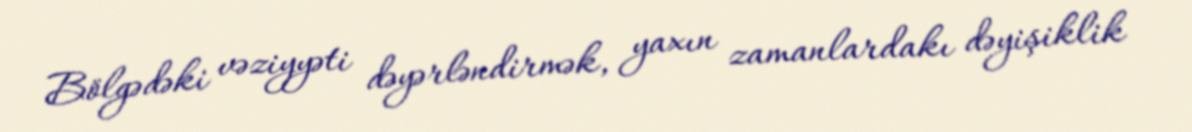
Bölgədəki vəziyyəti dəyərləndirmək, yaxın zamanlardakı dəyişiklik